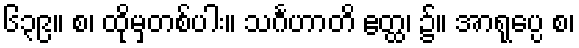
၆၃၉။ စ၊ ထိုမှတစ်ပါး။ သင်္ဂဟာတိ ဧတ္ထ၊ ၌။ အာရုပ္ပေ စ၊